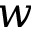
w